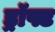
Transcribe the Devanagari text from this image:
ड्रॉफ्ट